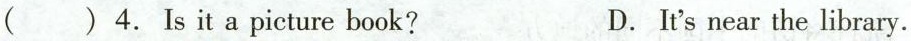
( ) 4.Is it a picture book? D. It's near the library.